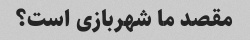
مقصد ما شهربازی است؟